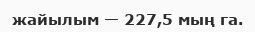
жайылым — 227,5 мың га.